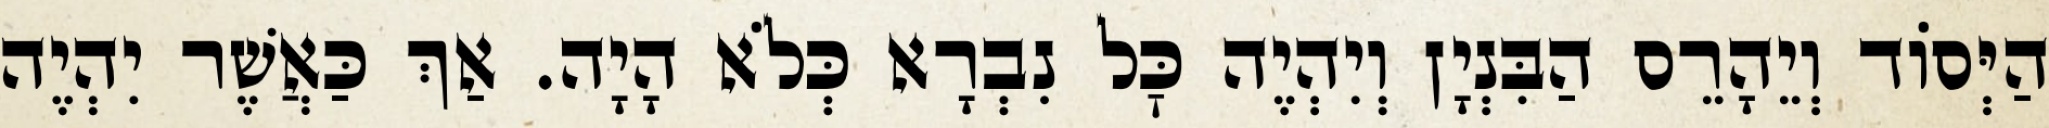
הַיְּסוֹד וְיֵהָרֵס הַבִּנְיָן וְיִהְיֶה כׇּל נִבְרָא כְּלֹא הָיָה. אַךְ כַּאֲשֶׁר יִהְיֶה